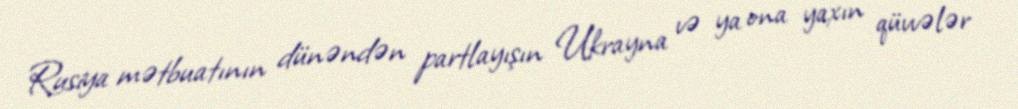
Rusiya mətbuatının dünəndən partlayışın Ukrayna və ya ona yaxın qüvvələr